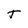
Character: T